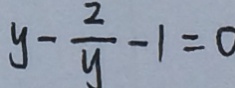
y - \frac { 2 } { y } - 1 = 0